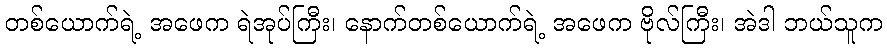
တစ်ယောက်ရဲ့ အဖေက ရဲအုပ်ကြီး၊ နောက်တစ်ယောက်ရဲ့ အဖေက ဗိုလ်ကြီး၊ အဲဒါ ဘယ်သူက